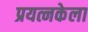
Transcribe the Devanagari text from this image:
प्रयत्नकेला